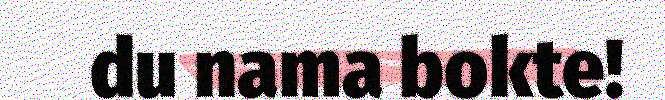
du nama bokte!